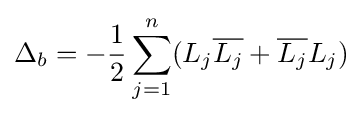
\Delta _{b}=-{\frac {1}{2}}\sum _{j=1}^{n}(L_{j}{\overline {L_{j}}}+{\overline {L_{j}}}L_{j})